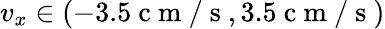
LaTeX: v_{x}\in(-3.5\mathrm{~c~m~/~s~},3.5\mathrm{~c~m~/~s~})